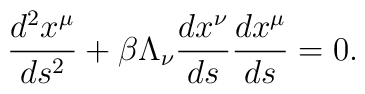
\frac{d^2 x^\mu}{ds^2} + \beta \Lambda_\nu \frac{dx^\nu}{ds}\frac{dx^\mu}{ds} = 0.